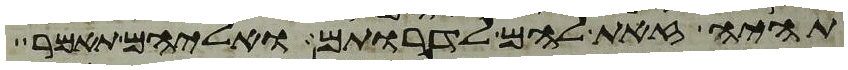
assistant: תהיה זאת להם לדרותם ואליהם תאמר